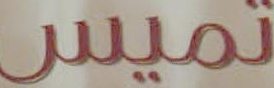
تميس